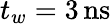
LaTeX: t_{w}=3\, \mathrm{ns}